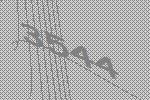
3544